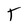
Character: T